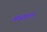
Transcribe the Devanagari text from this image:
मध्यपटल